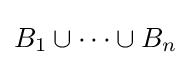
B_{1}\cup \cdots \cup B_{n}